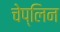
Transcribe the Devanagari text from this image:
चेप्लिन